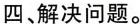
四、解决问题。